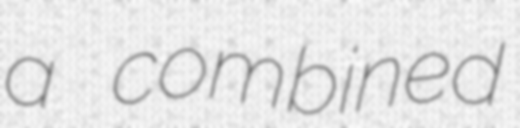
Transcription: a combined